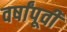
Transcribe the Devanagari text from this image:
वर्षांपूवी